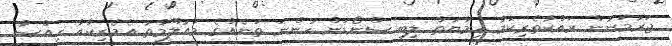
ޖަރުމަނުން ރައްކާތެރިކަމާ ހިމާޔަތް ލިބި ސްނޯޑަން ހުންނަ ތަނެއްގެ މައުލޫމާތު އެމެރިކާއާ ހިއްސާ